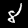
Digit: 8